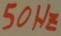
Text: 50Hz